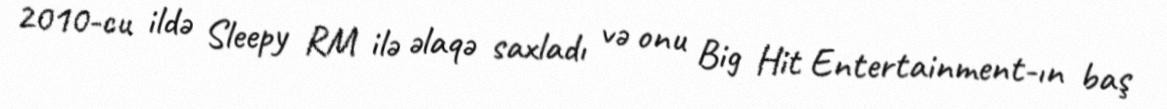
2010-cu ildə Sleepy RM ilə əlaqə saxladı və onu Big Hit Entertainment-ın baş